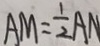
A M = \frac { 1 } { 2 } A N